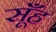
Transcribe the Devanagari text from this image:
सूँह